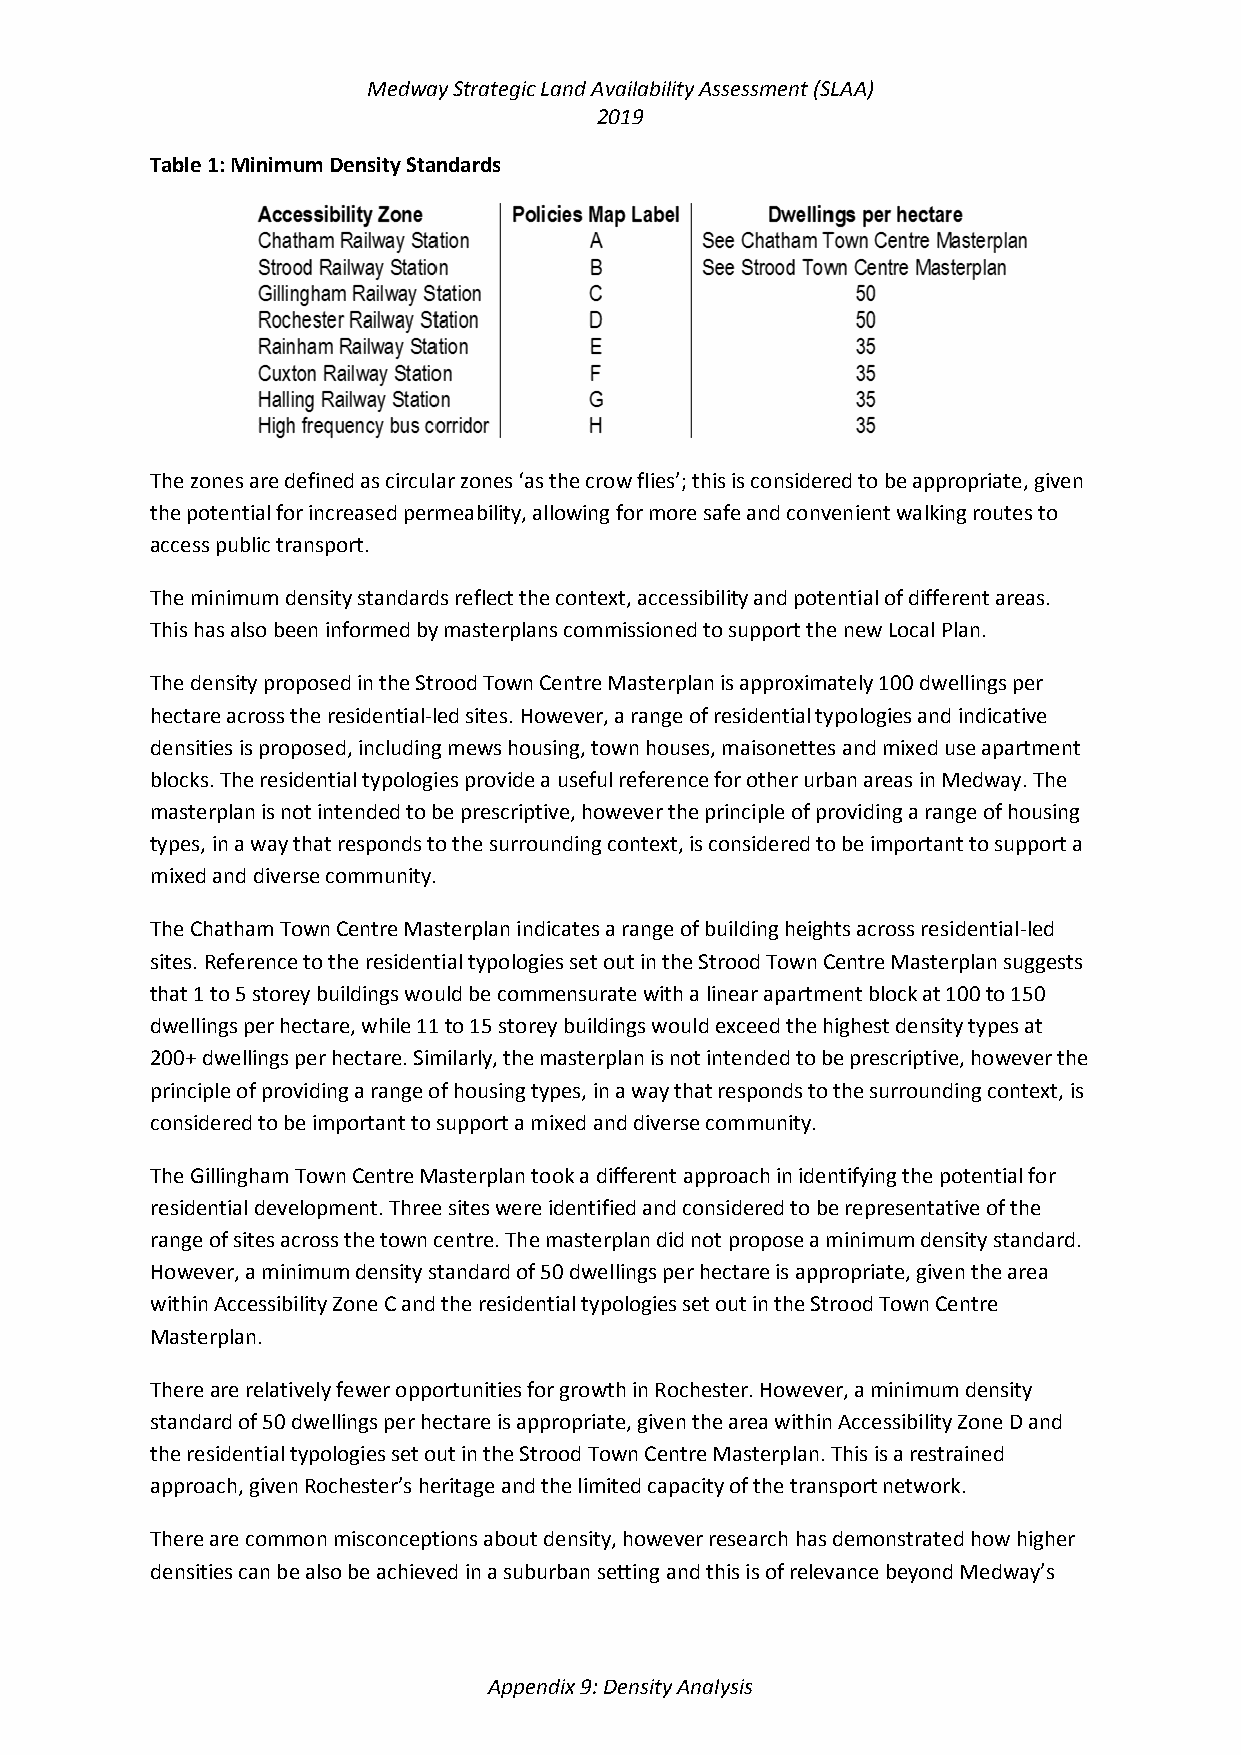
Medway Strategic Land Availability Assessment (SLAA)
 2019
 Table 1: Minimum Density Standards
 The zones are defined as circular zones ‘as the crow flies’; this is considered to be appropriate, given
 the potential for increased permeability, allowing for more safe and convenient walking routes to
 access public transport.
 The minimum density standards reflect the context, accessibility and potential of different areas.
 This has also been informed by masterplans commissioned to support the new Local Plan.
 The density proposed in the Strood Town Centre Masterplan is approximately 100 dwellings per
 hectare across the residential-led sites. However, a range of residential typologies and indicative
 densities is proposed, including mews housing, town houses, maisonettes and mixed use apartment
 blocks. The residential typologies provide a useful reference for other urban areas in Medway. The
 masterplan is not intended to be prescriptive, however the principle of providing a range of housing
 types, in a way that responds to the surrounding context, is considered to be important to support a
 mixed and diverse community.
 The Chatham Town Centre Masterplan indicates a range of building heights across residential-led
 sites. Reference to the residential typologies set out in the Strood Town Centre Masterplan suggests
 that 1 to 5 storey buildings would be commensurate with a linear apartment block at 100 to 150
 dwellings per hectare, while 11 to 15 storey buildings would exceed the highest density types at
 200+ dwellings per hectare. Similarly, the masterplan is not intended to be prescriptive, however the
 principle of providing a range of housing types, in a way that responds to the surrounding context, is
 considered to be important to support a mixed and diverse community.
 The Gillingham Town Centre Masterplan took a different approach in identifying the potential for
 residential development. Three sites were identified and considered to be representative of the
 range of sites across the town centre. The masterplan did not propose a minimum density standard.
 However, a minimum density standard of 50 dwellings per hectare is appropriate, given the area
 within Accessibility Zone C and the residential typologies set out in the Strood Town Centre
 Masterplan.
 There are relatively fewer opportunities for growth in Rochester. However, a minimum density
 standard of 50 dwellings per hectare is appropriate, given the area within Accessibility Zone D and
 the residential typologies set out in the Strood Town Centre Masterplan. This is a restrained
 approach, given Rochester’s heritage and the limited capacity of the transport network.
 There are common misconceptions about density, however research has demonstrated how higher
 densities can be also be achieved in a suburban setting and this is of relevance beyond Medway’s
 Appendix 9: Density Analysis